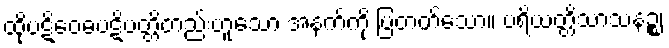
ထိုပဋိဝေဓပဋိပတ္တိတည်းဟူသော အနက်ကို ပြတတ်သော။ ပရိယတ္တိသာသနဉ္စ၊